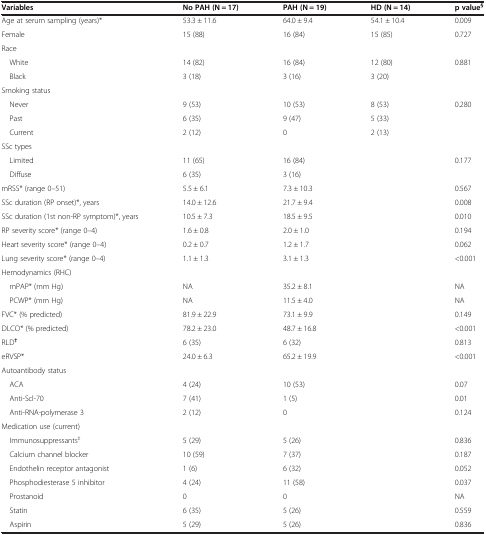
<table><thead><tr><td><b>Variables</b></td><td><b>No PAH (N = 17)</b></td><td><b>PAH (N = 19)</b></td><td><b>HD (N = 14)</b></td><td><b>p value<sup>§</sup></b></td></tr></thead><tbody><tr><td>Age at serum sampling (years)*</td><td>53.3 ± 11.6</td><td>64.0 ± 9.4</td><td>54.1 ± 10.4</td><td>0.009</td></tr><tr><td>Female</td><td>15 (88)</td><td>16 (84)</td><td>15 (85)</td><td>0.727</td></tr><tr><td>Race</td><td> </td><td> </td><td> </td><td> </td></tr><tr><td> White</td><td>14 (82)</td><td>16 (84)</td><td>12 (80)</td><td rowspan="2">0.881</td></tr><tr><td> Black</td><td>3 (18)</td><td>3 (16)</td><td>3 (20)</td></tr><tr><td>Smoking status</td><td> </td><td> </td><td> </td><td> </td></tr><tr><td> Never</td><td>9 (53)</td><td>10 (53)</td><td>8 (53)</td><td rowspan="3">0.280</td></tr><tr><td> Past</td><td>6 (35)</td><td>9 (47)</td><td>5 (33)</td></tr><tr><td> Current</td><td>2 (12)</td><td>0</td><td>2 (13)</td></tr><tr><td>SSc types</td><td> </td><td> </td><td> </td><td> </td></tr><tr><td> Limited</td><td>11 (65)</td><td>16 (84)</td><td> </td><td rowspan="2">0.177</td></tr><tr><td> Diffuse</td><td>6 (35)</td><td>3 (16)</td><td> </td></tr><tr><td>mRSS* (range 0–51)</td><td>5.5 ± 6.1</td><td>7.3 ± 10.3</td><td> </td><td>0.567</td></tr><tr><td>SSc duration (RP onset)*, years</td><td>14.0 ± 12.6</td><td>21.7 ± 9.4</td><td> </td><td>0.008</td></tr><tr><td>SSc duration (1st non-RP symptom)*, years</td><td>10.5 ± 7.3</td><td>18.5 ± 9.5</td><td> </td><td>0.010</td></tr><tr><td>RP severity score* (range 0–4)</td><td>1.6 ± 0.8</td><td>2.0 ± 1.0</td><td> </td><td>0.194</td></tr><tr><td>Heart severity score* (range 0–4)</td><td>0.2 ± 0.7</td><td>1.2 ± 1.7</td><td> </td><td>0.062</td></tr><tr><td>Lung severity score* (range 0–4)</td><td>1.1 ± 1.3</td><td>3.1 ± 1.3</td><td> </td><td>&lt;0.001</td></tr><tr><td>Hemodynamics (RHC)</td><td> </td><td> </td><td> </td><td> </td></tr><tr><td> mPAP* (mm Hg)</td><td>NA</td><td>35.2 ± 8.1</td><td> </td><td>NA</td></tr><tr><td> PCWP* (mm Hg)</td><td>NA</td><td>11.5 ± 4.0</td><td> </td><td>NA</td></tr><tr><td>FVC* (% predicted)</td><td>81.9 ± 22.9</td><td>73.1 ± 9.9</td><td> </td><td>0.149</td></tr><tr><td>DLCO* (% predicted)</td><td>78.2 ± 23.0</td><td>48.7 ± 16.8</td><td> </td><td>&lt;0.001</td></tr><tr><td>RLD<sup><b>†</b></sup></td><td>6 (35)</td><td>6 (32)</td><td> </td><td>0.813</td></tr><tr><td>eRVSP*</td><td>24.0 ± 6.3</td><td>65.2 ± 19.9</td><td> </td><td>&lt;0.001</td></tr><tr><td>Autoantibody status</td><td> </td><td> </td><td> </td><td> </td></tr><tr><td> ACA</td><td>4 (24)</td><td>10 (53)</td><td> </td><td>0.07</td></tr><tr><td> Anti-Scl-70</td><td>7 (41)</td><td>1 (5)</td><td> </td><td>0.01</td></tr><tr><td> Anti-RNA-polymerase 3</td><td>2 (12)</td><td>0</td><td> </td><td>0.124</td></tr><tr><td>Medication use (current)</td><td> </td><td> </td><td> </td><td> </td></tr><tr><td> Immunosuppressants<sup>‡</sup></td><td>5 (29)</td><td>5 (26)</td><td> </td><td>0.836</td></tr><tr><td> Calcium channel blocker</td><td>10 (59)</td><td>7 (37)</td><td> </td><td>0.187</td></tr><tr><td> Endothelin receptor antagonist</td><td>1 (6)</td><td>6 (32)</td><td> </td><td>0.052</td></tr><tr><td> Phosphodiesterase 5 inhibitor</td><td>4 (24)</td><td>11 (58)</td><td> </td><td>0.037</td></tr><tr><td> Prostanoid</td><td>0</td><td>0</td><td> </td><td>NA</td></tr><tr><td> Statin</td><td>6 (35)</td><td>5 (26)</td><td> </td><td>0.559</td></tr><tr><td> Aspirin</td><td>5 (29)</td><td>5 (26)</td><td> </td><td>0.836</td></tr></tbody></table>